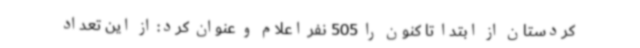
کردستان از ابتدا تا کنون را 505 نفر اعلام و عنوان کرد: از این تعداد